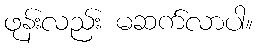
ဖုန်းလည်း မဆက်လာပါ။